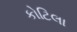
કોટિલા